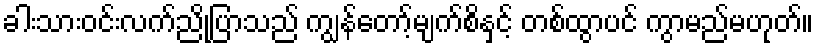
ခါးသားဝင်းလက်ညိုပြာသည် ကျွန်တော့်မျက်စိနှင့် တစ်ထွာပင် ကွာမည်မဟုတ်။